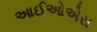
આઈઓએસ